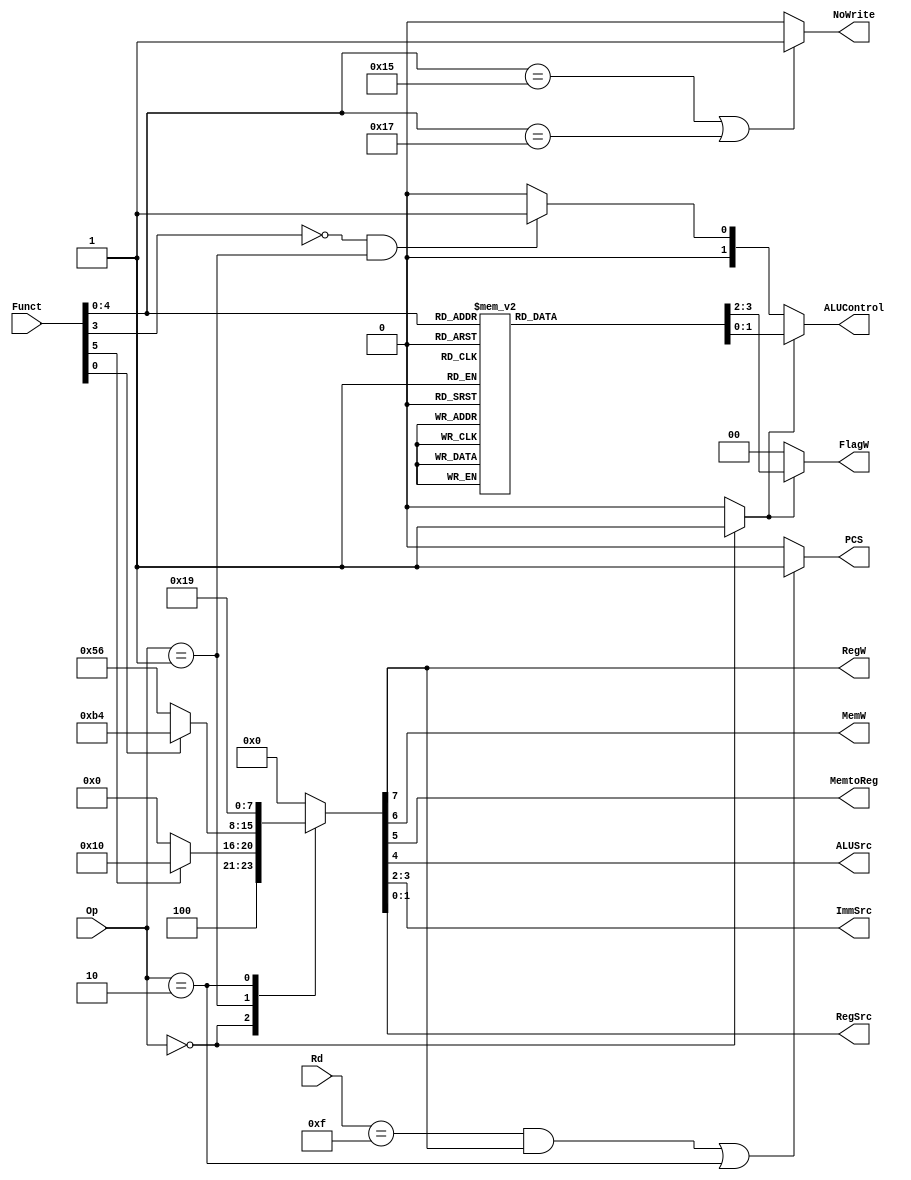
`timescale 1ns / 1ps
/*
----------------------------------------------------------------------------------
-- Company: NUS	
-- Engineer: (c) Shahzor Ahmad and Rajesh Panicker  
-- 
-- Create Date: 09/23/2015 06:49:10 PM
-- Module Name: Decoder
-- Project Name: CG3207 Project
-- Target Devices: Nexys 4 (Artix 7 100T)
-- Tool Versions: Vivado 2015.2
-- Description: Decoder Module
-- 
-- Dependencies: NIL
-- 
-- Revision:
-- Revision 0.01 - File Created
-- Additional Comments:
-- 
----------------------------------------------------------------------------------

----------------------------------------------------------------------------------
--	License terms :
--	You are free to use this code as long as you
--		(i) DO NOT post it on any public repository;
--		(ii) use it only for educational purposes;
--		(iii) accept the responsibility to ensure that your implementation does not violate any intellectual property of ARM Holdings or other entities.
--		(iv) accept that the program is provided "as is" without warranty of any kind or assurance regarding its suitability for any particular purpose;
--		(v)	acknowledge that the program was written based on the microarchitecture described in the book Digital Design and Computer Architecture, ARM Edition by Harris and Harris;
--		(vi) send an email to rajesh.panicker@ieee.org briefly mentioning its use (except when used for the course CG3207 at the National University of Singapore);
--		(vii) retain this notice in this file or any files derived from this.
----------------------------------------------------------------------------------
*/

module Decoder(
    input [3:0] Rd, //destination/source register depending on DP/LDR/STR
    input [1:0] Op, // 00 - DP, 01 - Memory, 10 - Branch
    input [5:0] Funct, // I CMD S for DP, I PUBWL for Memory, 1Link for branch
    output PCS, // PCS = ((Rd == 15) & RegW) | Branch --> slide 44
    output RegW, // RegW = 1 if it is LDR, DP else 0
    output MemW, // MemW = 1 if it is STR
    output MemtoReg, // MemtoReg = 1 if it is LDR, X if it is STR and 0 if DP/B
    output ALUSrc, // ALUSrc = 0 if DP Reg, else 1
    output [1:0] ImmSrc, // ImmSrc = 00 means zero-extended imm8 which is DP imm, 01 means zero extended imm12 which is LDR/STR, 10 means sign extended imm24 which is branch
    output [1:0] RegSrc, // bit 0 checks if destination is PC which is from Branch, bit 1 checks if register is a source which is from STR
    output NoWrite, // set to 1 if its CMP/CMN
    output reg [1:0] ALUControl, // 00 for anything that is not DP, 00 for ADD, 01 for SUB, 10 for AND, 11 for ORR
    output reg [1:0] FlagW // FlagW[0] = 1: CV (ALUFlags[1:0] should be saved). FlagW[1] = 1: NZ (ALUFlags[3:2] should be saved). ADDS/SUBS is 11. ANDS/ORRS is 10. without s flag its 00
    );
    
    wire[1:0] ALUOp ; // set to 1x if its dp, 00 if ldr/str with positive offset, 01 if ldr/str with negative offset
    reg [9:0] controls ; // PCS[9], RegW[8], MemW[7], MemtoReg[6], ALUSrc[5], ImmSrc[4:3], RegSrc[2:1], NoWrite[0]
    //<extra signals, if any>
    assign ALUOp[1] = (Op == 2'b00) ? 1'b1 : 1'b0; //If Instruction is a DP Instruction, ALUOp[1] = 1
    assign ALUOp[0] = ((Funct[3] == 1'b0) && (Op == 2'b01)) ? 1'b1 : 1'b0 ; //If Instruction is a Memory Instruction and there is negative immediate offset, AluOp[2] = 1
    always @(*) begin
        case(Op)
            2'b00: begin //DP instruction
                if (Funct[5]) //DP Imm
                    controls[8:1] = 8'b10010000;      //If Funct[5] is 1, there is Immediate Offset, ALUSrc set to 1 to use values from Src2
                else
                    controls[8:1] = 8'b10000000;      //Else if Funct[5] is 0, there is no Immediate Offset, ALUSrc is 0, to use the values from RD2                                
            end
            2'b01: begin //Memory Instruction
                if (Funct[0])
                    controls[8:1] = 8'b10110100;      //If Funct[0] is 1, it is a LDR instruction, RegW = 1, MemToReg = 1, ALUSrc = 1, ImmSrc = 2'b01 for Zero-extended Imm12
                else
                    controls[8:1] = 8'b01010110;      //If Funct[0] is 0, it is a STR instruction, MemW = 1, ALUSrc = 1, ImmSrc = 2'b01 for Zero-extended Imm12, RegSrc = 2'b10 to use the values of Rd
            end
            2'b10: controls[8:1] = 8'b00011001; //For all Branch Instruction, ALUSrc = 1 to use values from imm24, ImmSrc = 2'b10 for Sign-extended Imm24, RegSrc = 2'bX1 to use R15 
            default: controls = 0; //If instruction op code is none of the above, set all controls to 0
        endcase
        if (ALUOp[1]) begin //Set the corresponding ALUControl and FlagW values by their specific DP Instruction if ALUOp[1] is 1
            case(Funct[4:0])
                 5'b01000: begin //DP ADD Instr
                    ALUControl = 2'b00; //Denotes ADD Instr
                    FlagW = 2'b00; //Dont save any flags
                 end
                 
                 5'b01001: begin //DP ADDS Instr
                    ALUControl = 2'b00; //Denotes ADD Instr
                    FlagW = 2'b11; //Save all N,Z,C and V Flags
                 end
                 
                 5'b00100: begin //DP SUB Instr
                    ALUControl = 2'b01; //Denotes SUB Instr
                    FlagW = 2'b00; //Dont save any flags
                 end
                 
                 5'b00101: begin //DP SUBS Instr
                    ALUControl = 2'b01; //Denotes SUB Instr
                    FlagW = 2'b11; //Save all N,Z,C and V Flags
                 end
                 
                 5'b00000: begin //DP AND Instr
                    ALUControl = 2'b10; //Denotes AND Instr
                    FlagW = 2'b00; //Dont save any flags
                 end
                 
                 5'b00001: begin //DP ANDS Instr
                    ALUControl = 2'b10; //Denotes AND Instr
                    FlagW = 2'b10; //Only save N and Z flag
                 end
                 
                 5'b11000: begin //DP ORR Instr
                    ALUControl = 2'b11; //Denotes ORR Instr
                    FlagW = 2'b00; //Dont save any flags
                 end
                 
                 5'b11001: begin //DP ORRS Instr
                    ALUControl = 2'b11; //Denotes ORR Instr
                    FlagW = 2'b10; //Only save N and Z flag
                 end
                 
                 5'b10101: begin //DP CMP Instr
                    ALUControl = 2'b01; //Denotes SUB Instr
                    FlagW = 2'b11; //Save all N,Z,C and V Flags
                 end
                 
                5'b10111: begin //DP CMN Instr
                    ALUControl = 2'b00; //Denotes ADD Instr
                    FlagW = 2'b11; //Save all N,Z,C and V Flags
                 end
                 default: begin //If no such DP Instr, set ALUControl and FlagW to 2'b00
                    ALUControl = 2'b00; 
                    FlagW = 2'b00;
                end
            endcase
        end
        //For non DP Instructions, ALUControl = ALUOp, so that if there is a Memory Instr with offset, ALUControl will be 2'b00 for positive offset, and 2'b01 for negative offset
        else begin  
            ALUControl = ALUOp;
            FlagW = 2'b00;
        end        
        controls[0] = (Funct[4:0] == 5'b10101 || Funct[4:0] == 5'b10111) ? 1'b1 : 1'b0; //NoWrite if its CMP or CMN then 1 else 0
        controls[9] = (((Rd == 15) & controls[8]) | (Op == 2'b10)) ? 1'b1 : 1'b0; // PCS if its branch or destination is 15 and reg write then 1 else 0
    end
    
    assign PCS = controls[9];
    assign RegW = controls[8];
    assign MemW = controls[7];
    assign MemtoReg = controls[6];
    assign ALUSrc = controls[5];
    assign ImmSrc = controls[4:3];
    assign RegSrc = controls[2:1];
    assign NoWrite = controls[0];
endmodule